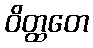
ဝိတ္ထတေ